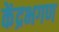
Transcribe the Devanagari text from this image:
केंद्रभगण